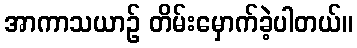
အာကာသယာဉ် တိမ်းမှောက်ခဲ့ပါတယ်။